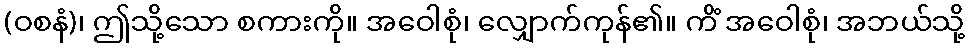
(ဝစနံ)၊ ဤသို့သော စကားကို။ အဝေါစုံ၊ လျှောက်ကုန်၏။ ကိံ အဝေါစုံ၊ အဘယ်သို့